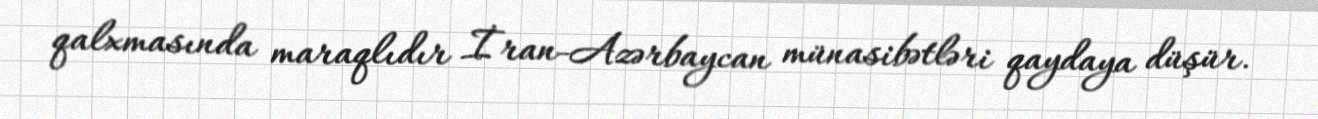
qalxmasında maraqlıdır İran-Azərbaycan münasibətləri qaydaya düşür.